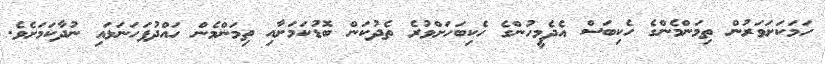
ހަމަކަށަވަރުން ތިމަންމެންގެ ހެކިބަސް އެދެމީހުންގެ ހެކިބަހަށްވުރެ ތެދުކަން ބޮޑުކަމަށާއި ތިމަންމެން ހައްދުފަހަނަޅައި ނުދާކަމަށެވެ.